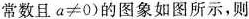
常数且$$a\neq 0$$)的图象如图所示，则